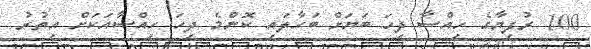
100 ރުފިޔާގެ ހިއްސާ ދިހަ ބަޔަށް ބަހާލައި ކޮންމެ ދިހަ ހިއްސާއަކަށް އިތުރު